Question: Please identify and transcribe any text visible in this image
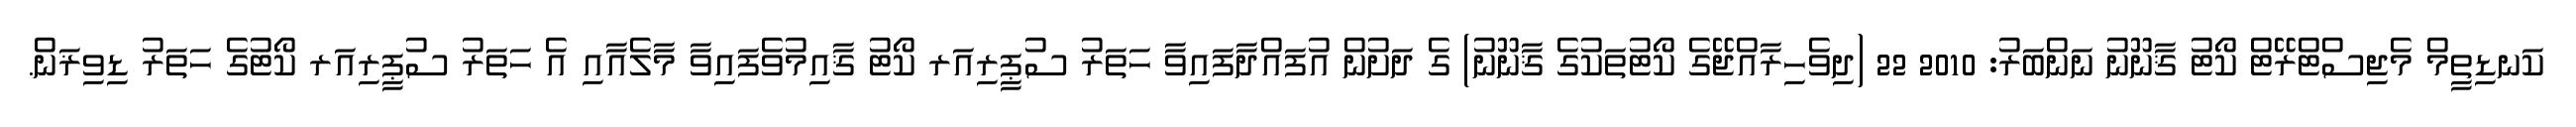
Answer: ކަނޑިތީމް މެޖިސްޓްރޭޓް ކޯޓު ޤާނޫނު ނަންބަރު: 2010 22 (ދިވެހިރާއްޖޭގެ ކޯޓުތަކުގެ ޤާނޫނު) ގެ ދަށުން އުފައްދާފައިވާ ހަތަރު ސުޕީރިއަރ ކޯޓު ޤާއިމުވެފައިވާ މާލެއާއި އެ ހަތަރު ސުޕީރިއަރ ކޯޓުގެ ހަތަރު ޑިވިޜަން.